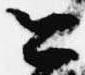
公